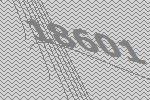
18601